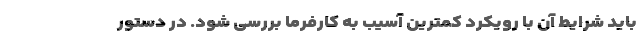
باید شرایط آن با رویکرد کمترین آسیب به کارفرما بررسی شود. در دستور